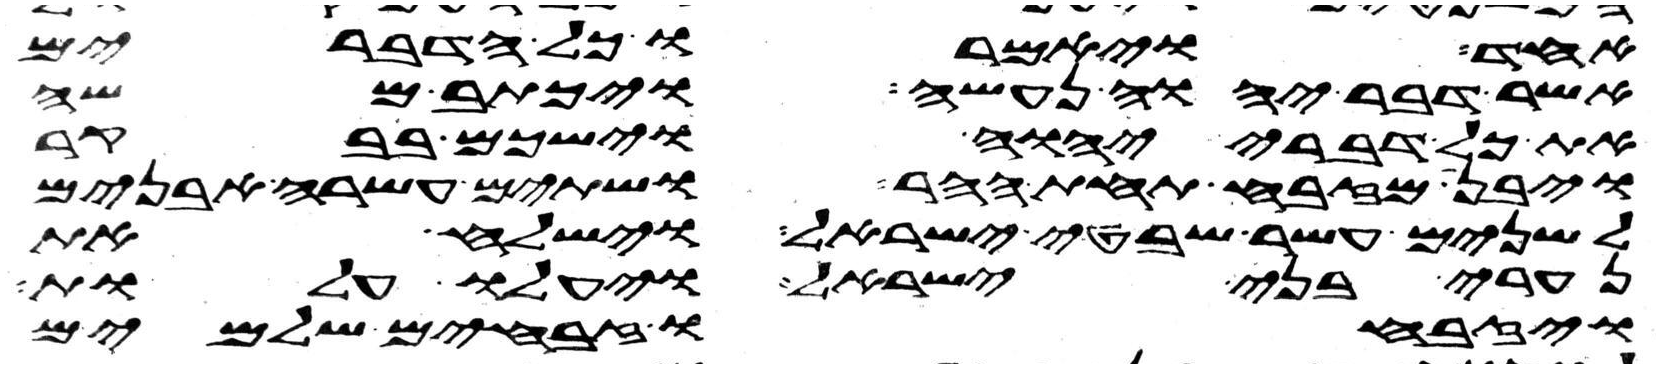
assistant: אחד ויאמרו כל הדברים
אשר דבר יהוה נעשה ויכתב משה
את כל דברי יהוה וישכם בבקר
ויבן מזבח תחת ההר ושתים עשרה אבנים
לשנים עשר שבטי ישראל וישלח את
נערי בני ישראל ויעלו עלות
ויזבחו זבחים שלמים